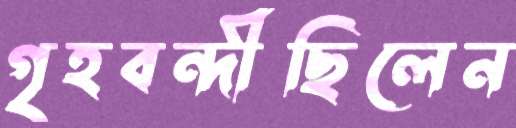
গৃহবন্দীছিলেন